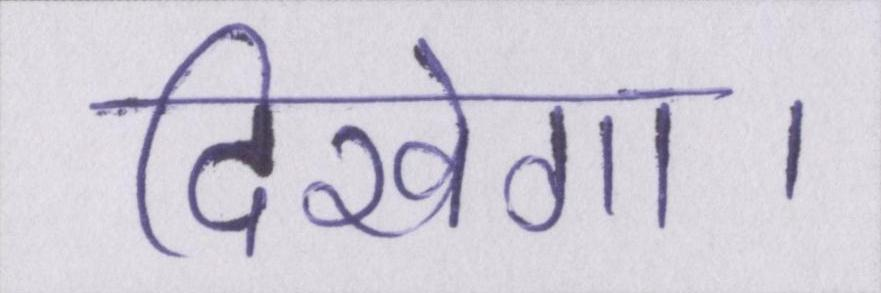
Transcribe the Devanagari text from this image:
दिखेगा।